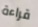
قراءة